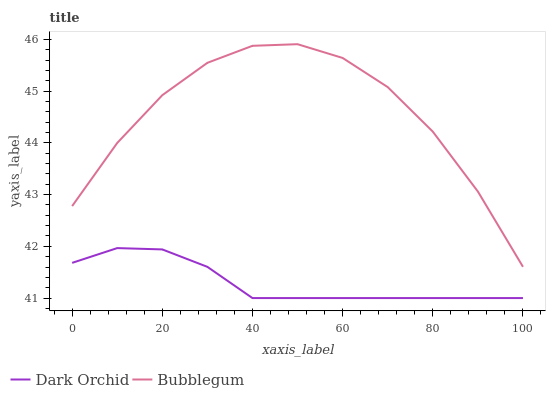
| xaxis_label | Dark Orchid | Bubblegum |
 | --- | --- | --- |
 | 0 | 41.7 | 42.8 |
 | 10 | 42 | 44 |
 | 20 | 41.9 | 44.9 |
 | 30 | 41.6 | 45.5 |
 | 40 | 41 | 45.9 |
 | 50 | 41 | 45.9 |
 | 60 | 41 | 45.6 |
 | 70 | 41 | 45.1 |
 | 80 | 41 | 44.2 |
 | 90 | 41 | 43.1 |
 | 100 | 41 | 41.6 |